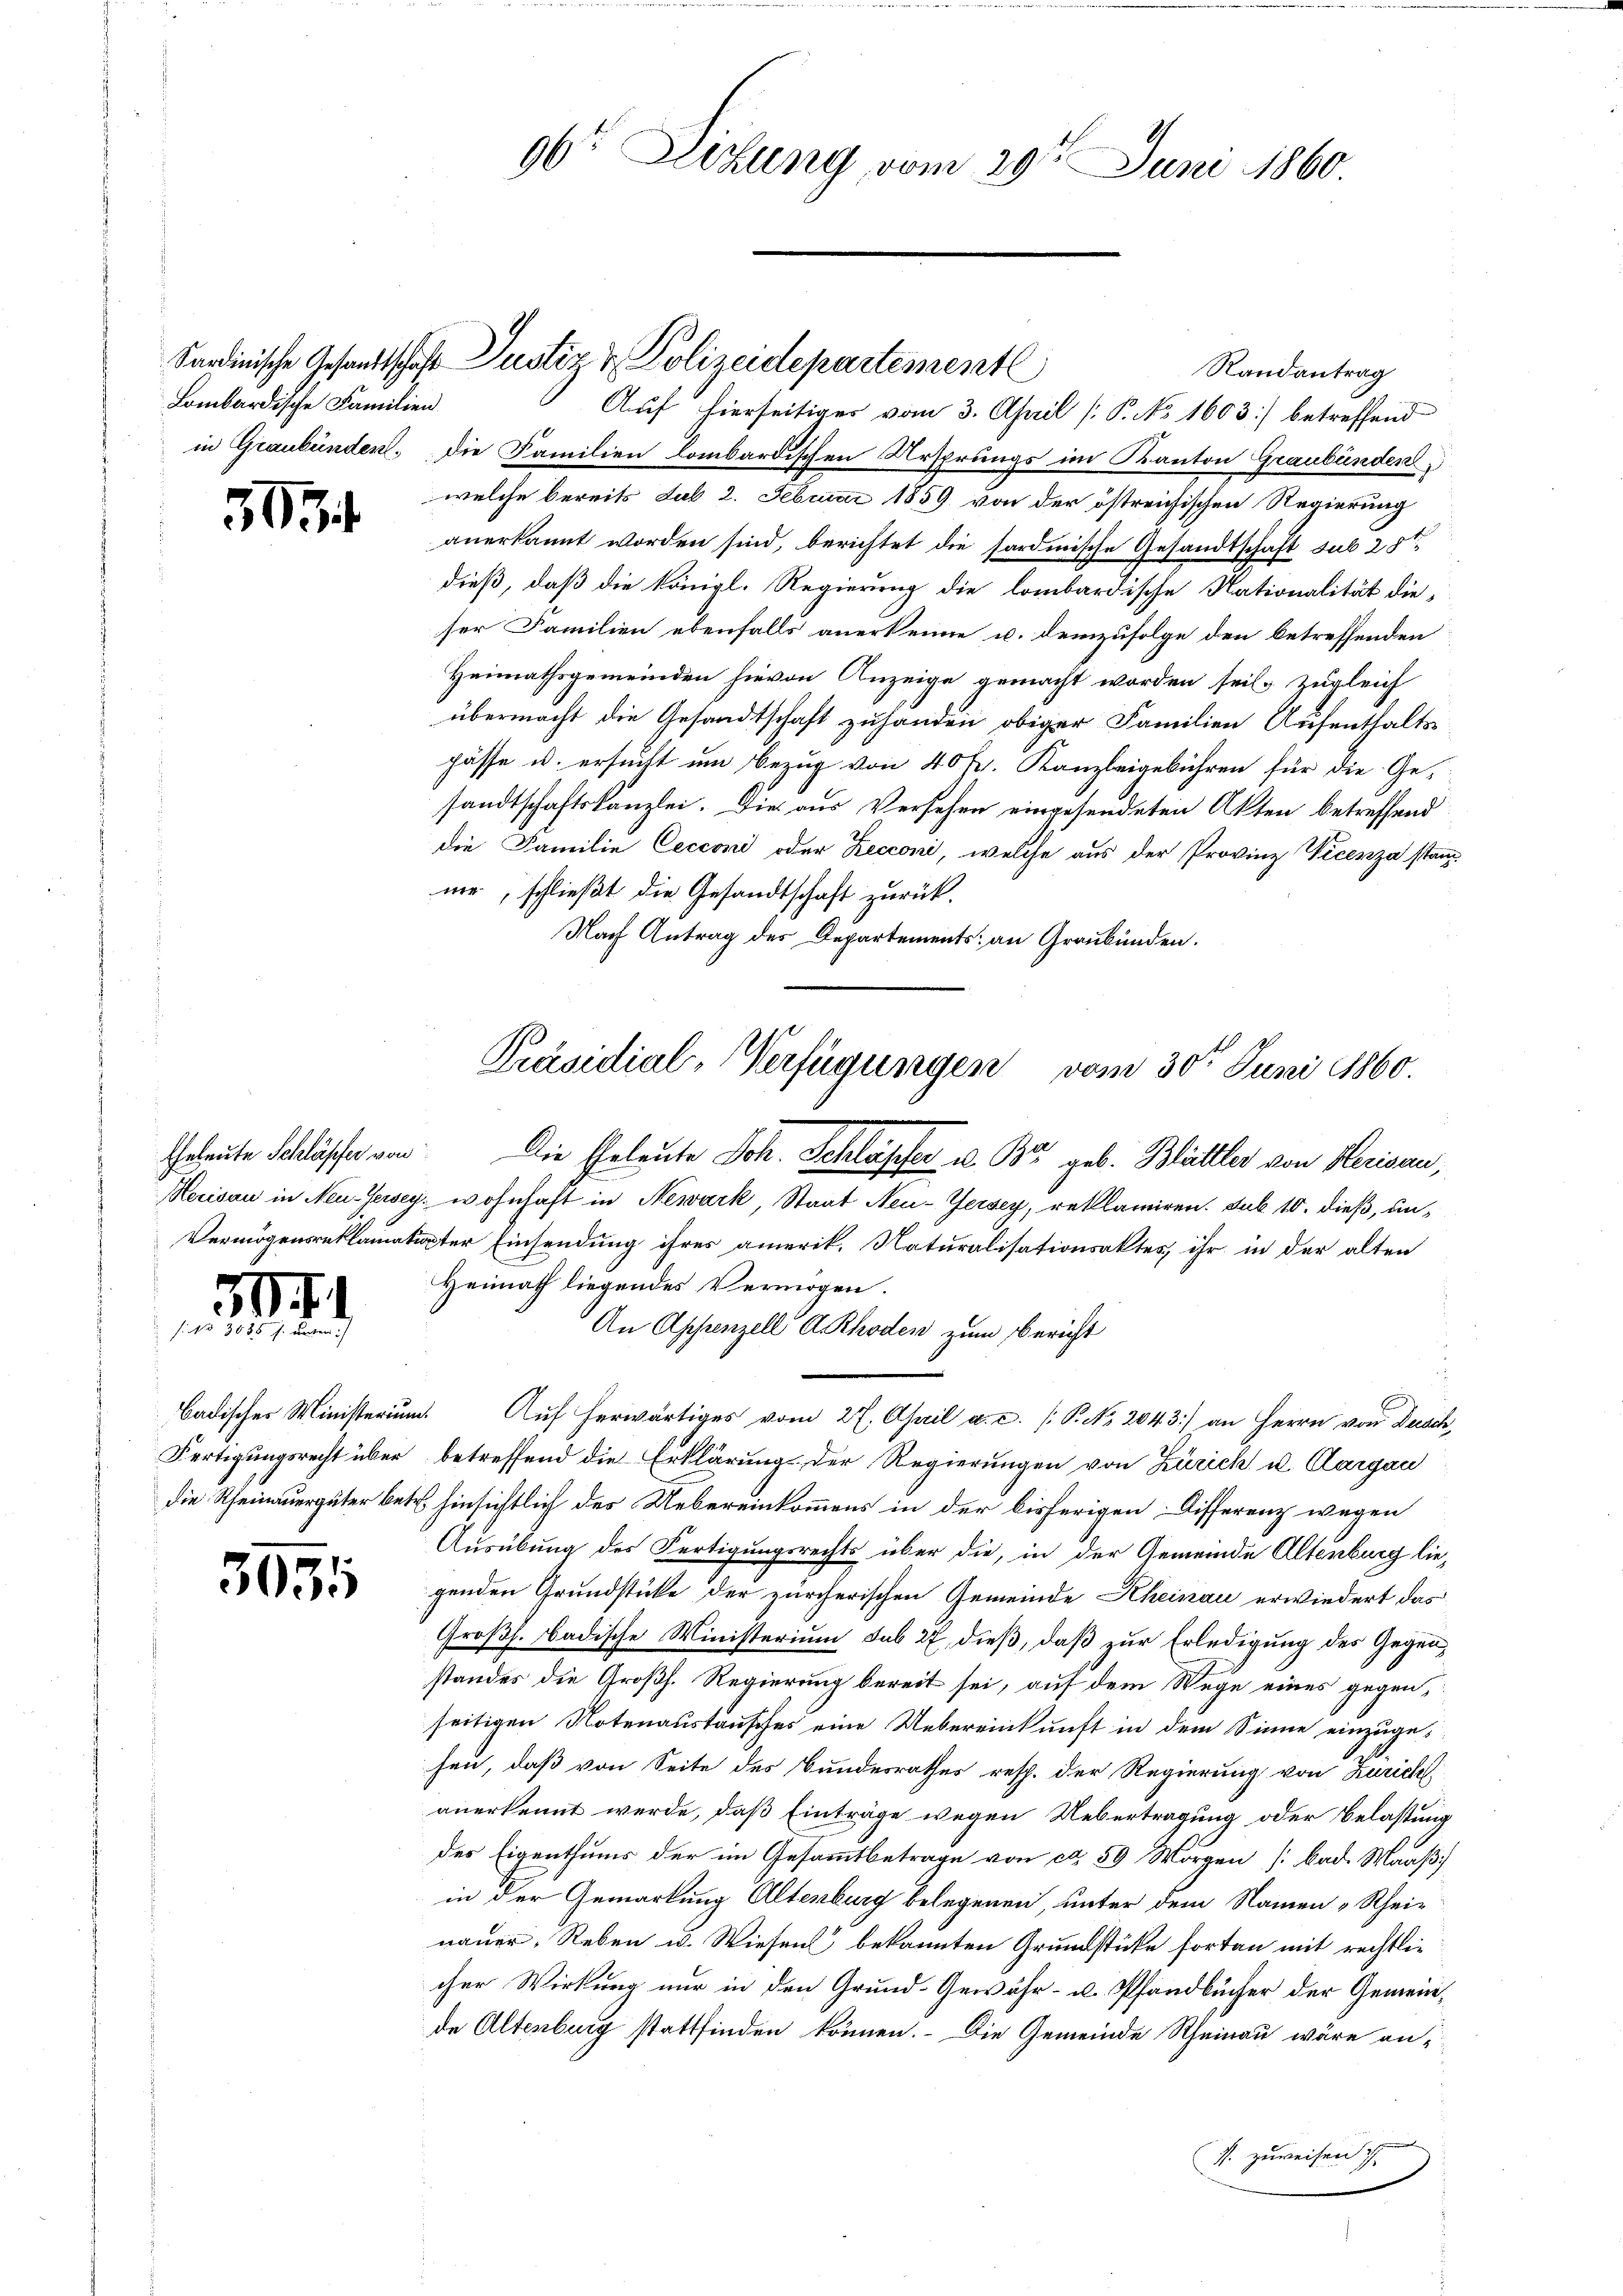
Lombardische Familien

3

Vermögensreklamati

59 f.
 557. Land

Badischer Ministerium
Fertigungsrecht über
die Rheinauergüter betr.

5955

Randantrag
Auf hierseitiges vom 3. April [ P. No 1603] betreffend
in Graubünden, die Familien lombardischen Ursprungs im Kanton Graubünden
welche bereits sub 2. Februar 1859 von der östreichischen Regierung
anerkannt worden sind, berichtet die sardinische Gesandtschaft sub 25te
dieß, daß die königl. Regierung die lombardische Nationalität die-
ser Familien ebenfalls anerkenne u. demzufolge den betreffenden
Heimathsgemeinden hievon Anzeige gemacht worden seil, zugleich
übermacht die Gesandtschaft zu handen obiger Familien Aufenthalts
pässe u. ersucht um Bezug von 40 Fr. Kanzleigebühren für die Gesandtschaftskanzlei. Die aus Versehen eingesendeten Akten betreffend
die Familie Cecconi oder Zecconi, welche aus der Provinz Vicenza stamm-
me, schließt die Gesandtschaft zurück.
Nach Antrag des Departements an Graubünden.
eleute Schlüsse von Die Eheleute Joh. Schlasser u. Br. geb. Blättler von Herisau,
Herisau in Neu-Jersey, wohnhaft in Newark, Staat Neu-Jersey, reklamiren. Sub 10. dieß, unater Einsendung ihres amerik. Naturalisationsaktes, ihr in der alten
Heimath liegendes Vermögen.
An Appenzell A. Rhoden zum Bericht
. Auf herwärtiges vom 27. April a. c. (P. Nr. 2043) an Herrn von Dusch
betreffend die Erklärung der Regierungen von Zürich u. Aargau
 hinsichtlich des Uebereinkommens in der bisherigen Differenz wegen
Ausübung des Fertigungsrechts über die, in der Gemeinde Altenburg liegenden Grundstücke der zürcherischen Gemeinde Rheinau erwiedert das
Großh. Badische Ministerium sub 27 dieß, daß zur Erledigung des Gegenstandes die Großh. Regierung bereit sei, auf dem Wege eines gegen,
seitigen Notenaustausches eine Uebereinkunft in dem Sinne einzugesen, daß von Seite des Bundesrathes resp. der Regierung von Zürich
anerkennt werde, daß Einträge wegen Uebertragung oder Belastung
des Eigenthums der im Gesammtbetrage von ca. 59 Morgen [bad. Maaß
in der Gemarkung Altenburg belegenen, unter dem Namen „Rhei-
nauer, Reben u. Wiesens bekannten Grundstücke forten mit rechtlicher Wirkung nur in den Grund-Gewähr- u. Pfandbücher der Gemeinde Altenburg stattfinden können. Die Gemeinde Rheinau wäre an¬
J. zuweisen

Sardinische Gesandtschaft Justiz & Polizeidepartementl

96t Leitung vom 29t Juni 1860.

Präsidial-Verfügungen vom 30t Juni 1860.